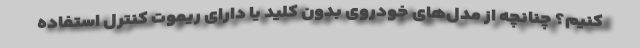
کنیم؟ چنانچه از مدل‌های خودروی بدون کلید یا دارای ریموت کنترل استفاده